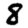
Digit: 8